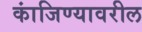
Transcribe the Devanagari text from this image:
कांजिण्यावरील